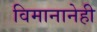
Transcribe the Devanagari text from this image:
विमानानेही